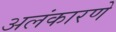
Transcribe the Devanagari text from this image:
अलंकारणे